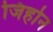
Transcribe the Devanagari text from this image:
जिहोन